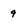
Character: 9